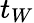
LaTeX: t_{W}